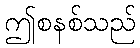
ဤစနစ်သည်